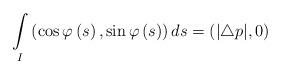
LaTeX: \begin{align*}\underset{I}{\int }\left(\cos \varphi \left( s\right) ,\sin \varphi \left(s\right) \right)ds=(|\triangle p|,0)\end{align*}